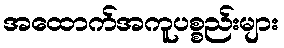
အထောက်အကူပစ္စည်းများ